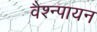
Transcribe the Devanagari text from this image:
वैश्न्पायन